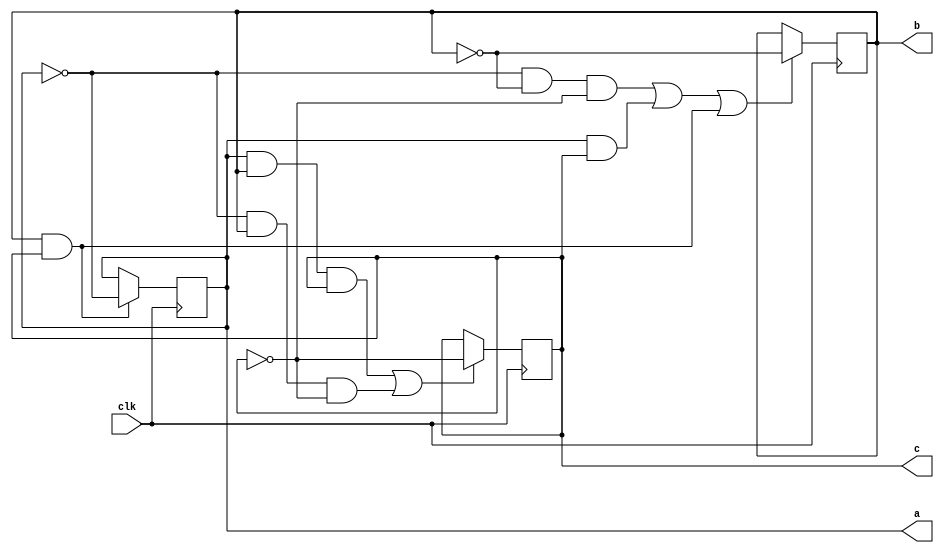
module sequence(a,b,c,clk);
  output a,b,c;
  reg a,b,c;
  input clk;
  wire clk;

  initial begin
    a=0;
    b=0;
    c=0;
  end

  always @(posedge clk)
    begin
      if (b&&c)
        a<=~a;
      if( (~a&&~b&&~c) || (a&&c) || (b&&c))
        b<=~b;
      if((a&&b&&c) || (~a&&b&&~c))
        c<=~c;
    end
endmodule